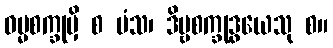
ဓမ္မစက္ခုမှိ စ မံသ၊ ဒိဗ္ဗစက္ခုဒွယေသု စ။